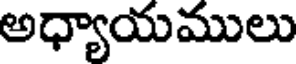
అధ్యాయములు